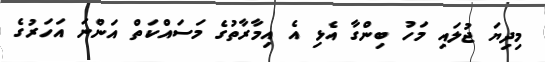
މިދިޔަ ޖުލައި މަހު ބިންގާ އެޅި އެ އިމާރާތުގެ މަސައްކަތް އަންނަ އަހަރުގެ